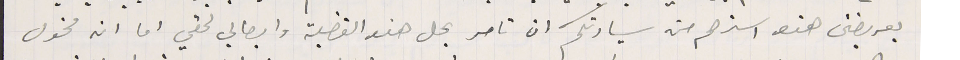
بعريضتى هذه استرحم من سيادتكم ان تامر بحل هذه القضية وايصالي لحقي اما ان مخول